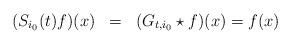
LaTeX: \begin{align*}\begin{array}{ccl} (S_{i_0}(t)f)(x) & = & (G_{t,i_0}\star f)(x)=f(x)\end{array}\end{align*}